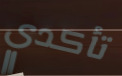
تأكدي